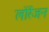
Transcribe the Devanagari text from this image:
लोरेंजन